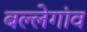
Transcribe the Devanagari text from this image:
बल्लेगांव